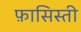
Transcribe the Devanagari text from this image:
फ़ासिस्ती